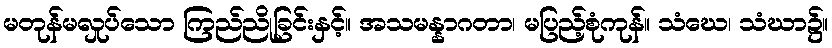
မတုန်မလှုပ်သော ကြည်ညိုခြင်းနှင့်။ အသမန္နာဂတာ၊ မပြည့်စုံကုန်။ သံဃေ၊ သံဃာ၌။